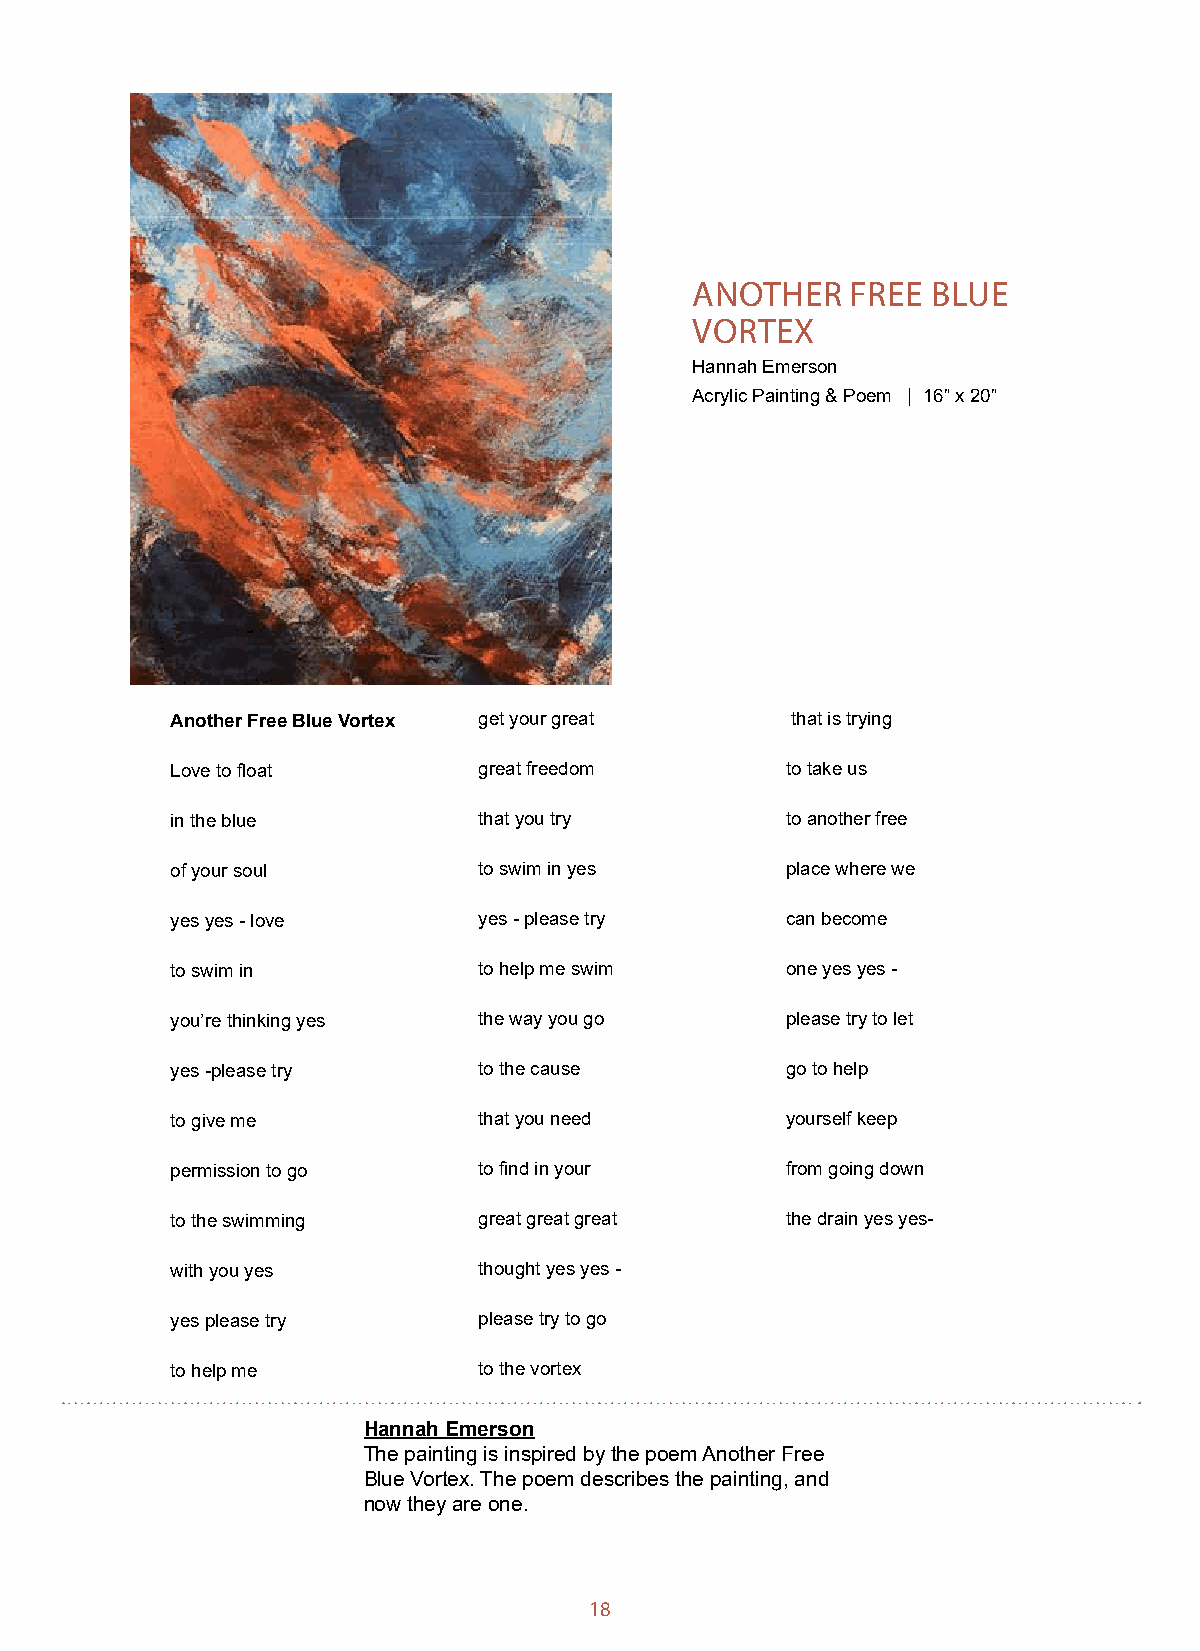
ANOTHER   FREE  BLUE
 VORTEX
 Hannah Emerson
 Acrylic Painting & Poem | 16” x 20”
 Another Free Blue Vortex get your great  that is trying
 Love to float        great freedom       to take us
 in the blue          that you try        to another free
 of your soul         to swim in yes      place where we
 yes yes - love       yes - please try    can become
 to swim in           to help me swim     one yes yes -
 you’re thinking yes  the way you go      please try to let
 yes -please try      to the cause        go to help
 to give me           that you need       yourself keep
 permission to go     to find in your     from going down
 to the swimming      great great great   the drain yes yes-
 with you yes         thought yes yes -
 yes please try       please try to go
 to help me           to the vortex
 Hannah Emerson
 The painting is inspired by the poem Another Free
 Blue Vortex. The poem describes the painting, and
 now they are one.
 18